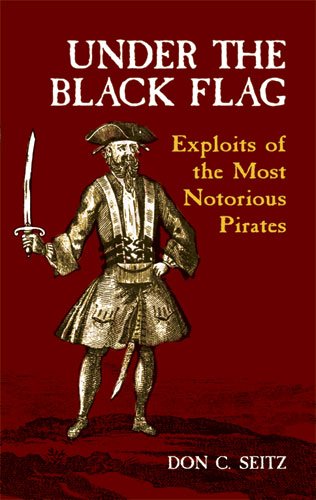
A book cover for Under the Black Flag: Exploits of the Most Notorious Pirates (Dover Maritime); Don C. Seitz; Engineering & Transportation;